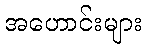
အဟောင်းများ